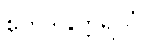
ဧတဒါနုတ္တရိယံ